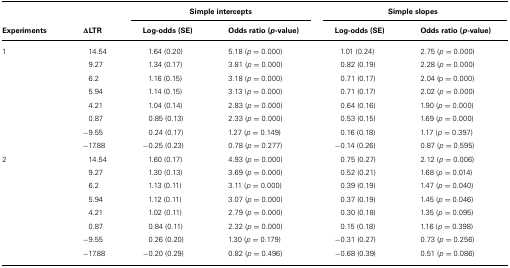
<table><thead><tr><td></td><td></td><td colspan="2"><b>Simple intercepts</b></td><td colspan="2"><b>Simple slopes</b></td></tr><tr><td><b>Experiments</b></td><td><b>ΔLTR</b></td><td><b>Log-odds (SE)</b></td><td><b>Odds ratio (<i>p</i>-value)</b></td><td><b>Log-odds (SE)</b></td><td><b>Odds ratio (<i>p</i>-value)</b></td></tr></thead><tbody><tr><td>1</td><td>14.54</td><td>1.64 (0.20)</td><td>5.18 (<i>p</i> = 0.000)</td><td>1.01 (0.24)</td><td>2.75 (<i>p</i> = 0.000)</td></tr><tr><td></td><td>9.27</td><td>1.34 (0.17)</td><td>3.81 (<i>p</i> = 0.000)</td><td>0.82 (0.19)</td><td>2.28 (<i>p</i> = 0.000)</td></tr><tr><td></td><td>6.2</td><td>1.16 (0.15)</td><td>3.18 (<i>p</i> = 0.000)</td><td>0.71 (0.17)</td><td>2.04 (p = 0.000)</td></tr><tr><td></td><td>5.94</td><td>1.14 (0.15)</td><td>3.13 (<i>p</i> = 0.000)</td><td>0.71 (0.17)</td><td>2.02 (<i>p</i> = 0.000)</td></tr><tr><td></td><td>4.21</td><td>1.04 (0.14)</td><td>2.83 (<i>p</i> = 0.000)</td><td>0.64 (0.16)</td><td>1.90 (<i>p</i> = 0.000)</td></tr><tr><td></td><td>0.87</td><td>0.85 (0.13)</td><td>2.33 (<i>p</i> = 0.000)</td><td>0.53 (0.15)</td><td>1.69 (<i>p</i> = 0.000)</td></tr><tr><td></td><td>-9.55</td><td>0.24 (0.17)</td><td>1.27 (<i>p</i> = 0.149)</td><td>0.16 (0.18)</td><td>1.17 (<i>p</i> = 0.397)</td></tr><tr><td></td><td>-17.88</td><td>-0.25 (0.23)</td><td>0.78 (<i>p</i> = 0.277)</td><td>-0.14 (0.26)</td><td>0.87 (<i>p</i> = 0.595)</td></tr><tr><td>2</td><td>14.54</td><td>1.60 (0.17)</td><td>4.93 (<i>p</i> = 0.000)</td><td>0.75 (0.27)</td><td>2.12 (<i>p</i> = 0.006)</td></tr><tr><td></td><td>9.27</td><td>1.30 (0.13)</td><td>3.69 (<i>p</i> = 0.000)</td><td>0.52 (0.21)</td><td>1.68 (<i>p</i> = 0.014)</td></tr><tr><td></td><td>6.2</td><td>1.13 (0.11)</td><td>3.11 (<i>p</i> = 0.000)</td><td>0.39 (0.19)</td><td>1.47 (<i>p</i> = 0.040)</td></tr><tr><td></td><td>5.94</td><td>1.12 (0.11)</td><td>3.07 (<i>p</i> = 0.000)</td><td>0.37 (0.19)</td><td>1.45 (<i>p</i> = 0.046)</td></tr><tr><td></td><td>4.21</td><td>1.02 (0.11)</td><td>2.79 (<i>p</i> = 0.000)</td><td>0.30 (0.18)</td><td>1.35 (<i>p</i> = 0.095)</td></tr><tr><td></td><td>0.87</td><td>0.84 (0.11)</td><td>2.32 (<i>p</i> = 0.000)</td><td>0.15 (0.18)</td><td>1.16 (<i>p</i> = 0.398)</td></tr><tr><td></td><td>-9.55</td><td>0.26 (0.20)</td><td>1.30 (<i>p</i> = 0.179)</td><td>-0.31 (0.27)</td><td>0.73 (<i>p</i> = 0.256)</td></tr><tr><td></td><td>-17.88</td><td>-0.20 (0.29)</td><td>0.82 (<i>p</i> = 0.496)</td><td>-0.68 (0.39)</td><td>0.51 (<i>p</i> = 0.086)</td></tr></tbody></table>